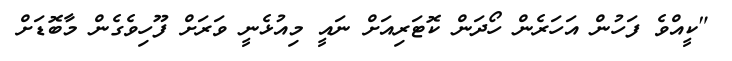
"ކީއްވެ ފަހުން އަހަރެން ހޯދަން ކޮޓަރިއަށް ނައީ މިއުޅެނީ ވަރަށް ފޫހިވެގެން މާބޮޑަށް